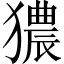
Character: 㺜